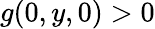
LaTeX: g(0,y,0)>0